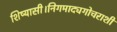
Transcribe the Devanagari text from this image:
शिष्यासी।निगमाद्यगोचराशी